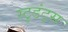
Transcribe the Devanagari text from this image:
स्टुडंट्‍स